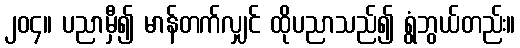
၂၀၄။ ပညာမှီ၍ မာန်တက်လျှင် ထိုပညာသည်၍ ရွံဘွယ်တည်း။